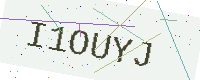
Text: I1OUYJ